Indian journal of veterinary science and animal husbandry - Volume 4,
Year: 1934
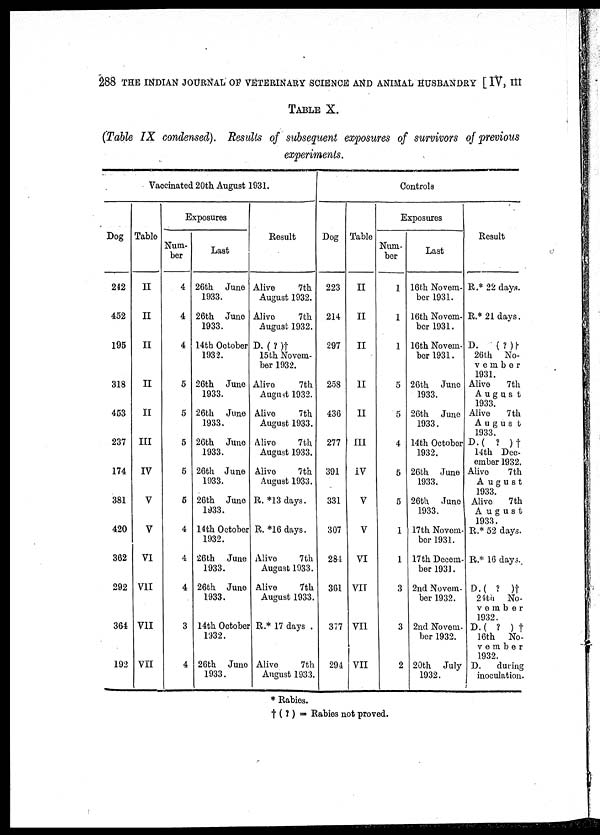
288 THE INDIAN JOURNAL OF VETERINARY SCIENCE AND ANIMAL HUSBANDRY [ IV, III
TABLE X.
(Table IX condensed). Results of subsequent exposures of survivors of previous
experiments.
Vaccinated 20th August 1931.
Dog
242
452
195
318
453
237
174
381
420
362
292
364
192
Table
II
II
II
II
II
III
IV
V
V
VI
VII
VII
VII
Exposures
Num-
ber
4
4
4
5
5
5
5
5
4
4
4
3
4
Last
26th
June
1933.
26th June
1933.
14th October
1932.
26th June
1933.
26th June
1933.
26th June
1933.
26th June
1933.
26th June
1933.
14th October
1932.
26th
June
1933.
26th June
1933.
14th October
1932.
26th June
1933.
Result
Alive
7th
August 1932.
Alive
7th
August 1932.
D. ( ? )†
15 th Novem-
ber 1932.
Alive
7th
August 1932.
Alive
7th
August 1933.
Alive
7th
August 1933.
Alive
7 th
August 1933.
R. *13days.
R. *16days.
Alive
7th
August 1933.
Alive
7th
August 1933.
R.* 17 days .
Alive
7th
August 1933.
Controls
Dog
223
214
297
258
436
277
391
331
307
284
361
377
294
Table
II
II
II
II
II
III
IV
V
V
VI
VII
VII
VII
Exposures
Num-
ber
1
1
1
5
5
4
5
5
1
1
3
3
2
Last
16th Novem-
ber 1931.
16th Novem-
ber 1931.
16th Novem-
ber 1931.
26th June
1933.
26th
June
1933.
14th October
1932.
26th June
1933.
26th, June
1933.
17th Novem-
ber 1931.
17th Decem-
ber 1931.
2nd Novem-
ber 1932.
2nd Novem-
ber 1932.
20th July
1932.
Result
R.* 22 days.
R.*21 days.
D.
(?)†
26th No¬
vember
1931.
Alive
7th
August
1933.
Alive
7 th
August
1933
D.( ? )†
14th Dec-
ember 1932.
Alive
7th
August
1933.
Alive
7 th
August
1933.
R.* 52 days.
R.* 16 days..
D.( ? )†
24th
No-
vember
1932.
D.( ? ) †
16th
No-
vember
1932.
D.
during
inoculation.
* Rabies.
† (?) = Rabies not proved.